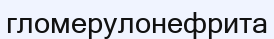
гломерулонефрита